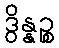
ဒွိန္နဉ္စ